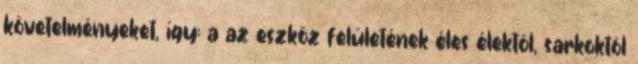
követelményeket, így: a az eszköz felületének éles élektõl, sarkoktól